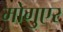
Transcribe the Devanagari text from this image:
मोगुएर